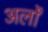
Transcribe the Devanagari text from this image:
अर्लों